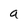
Character: a